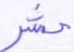
حشر